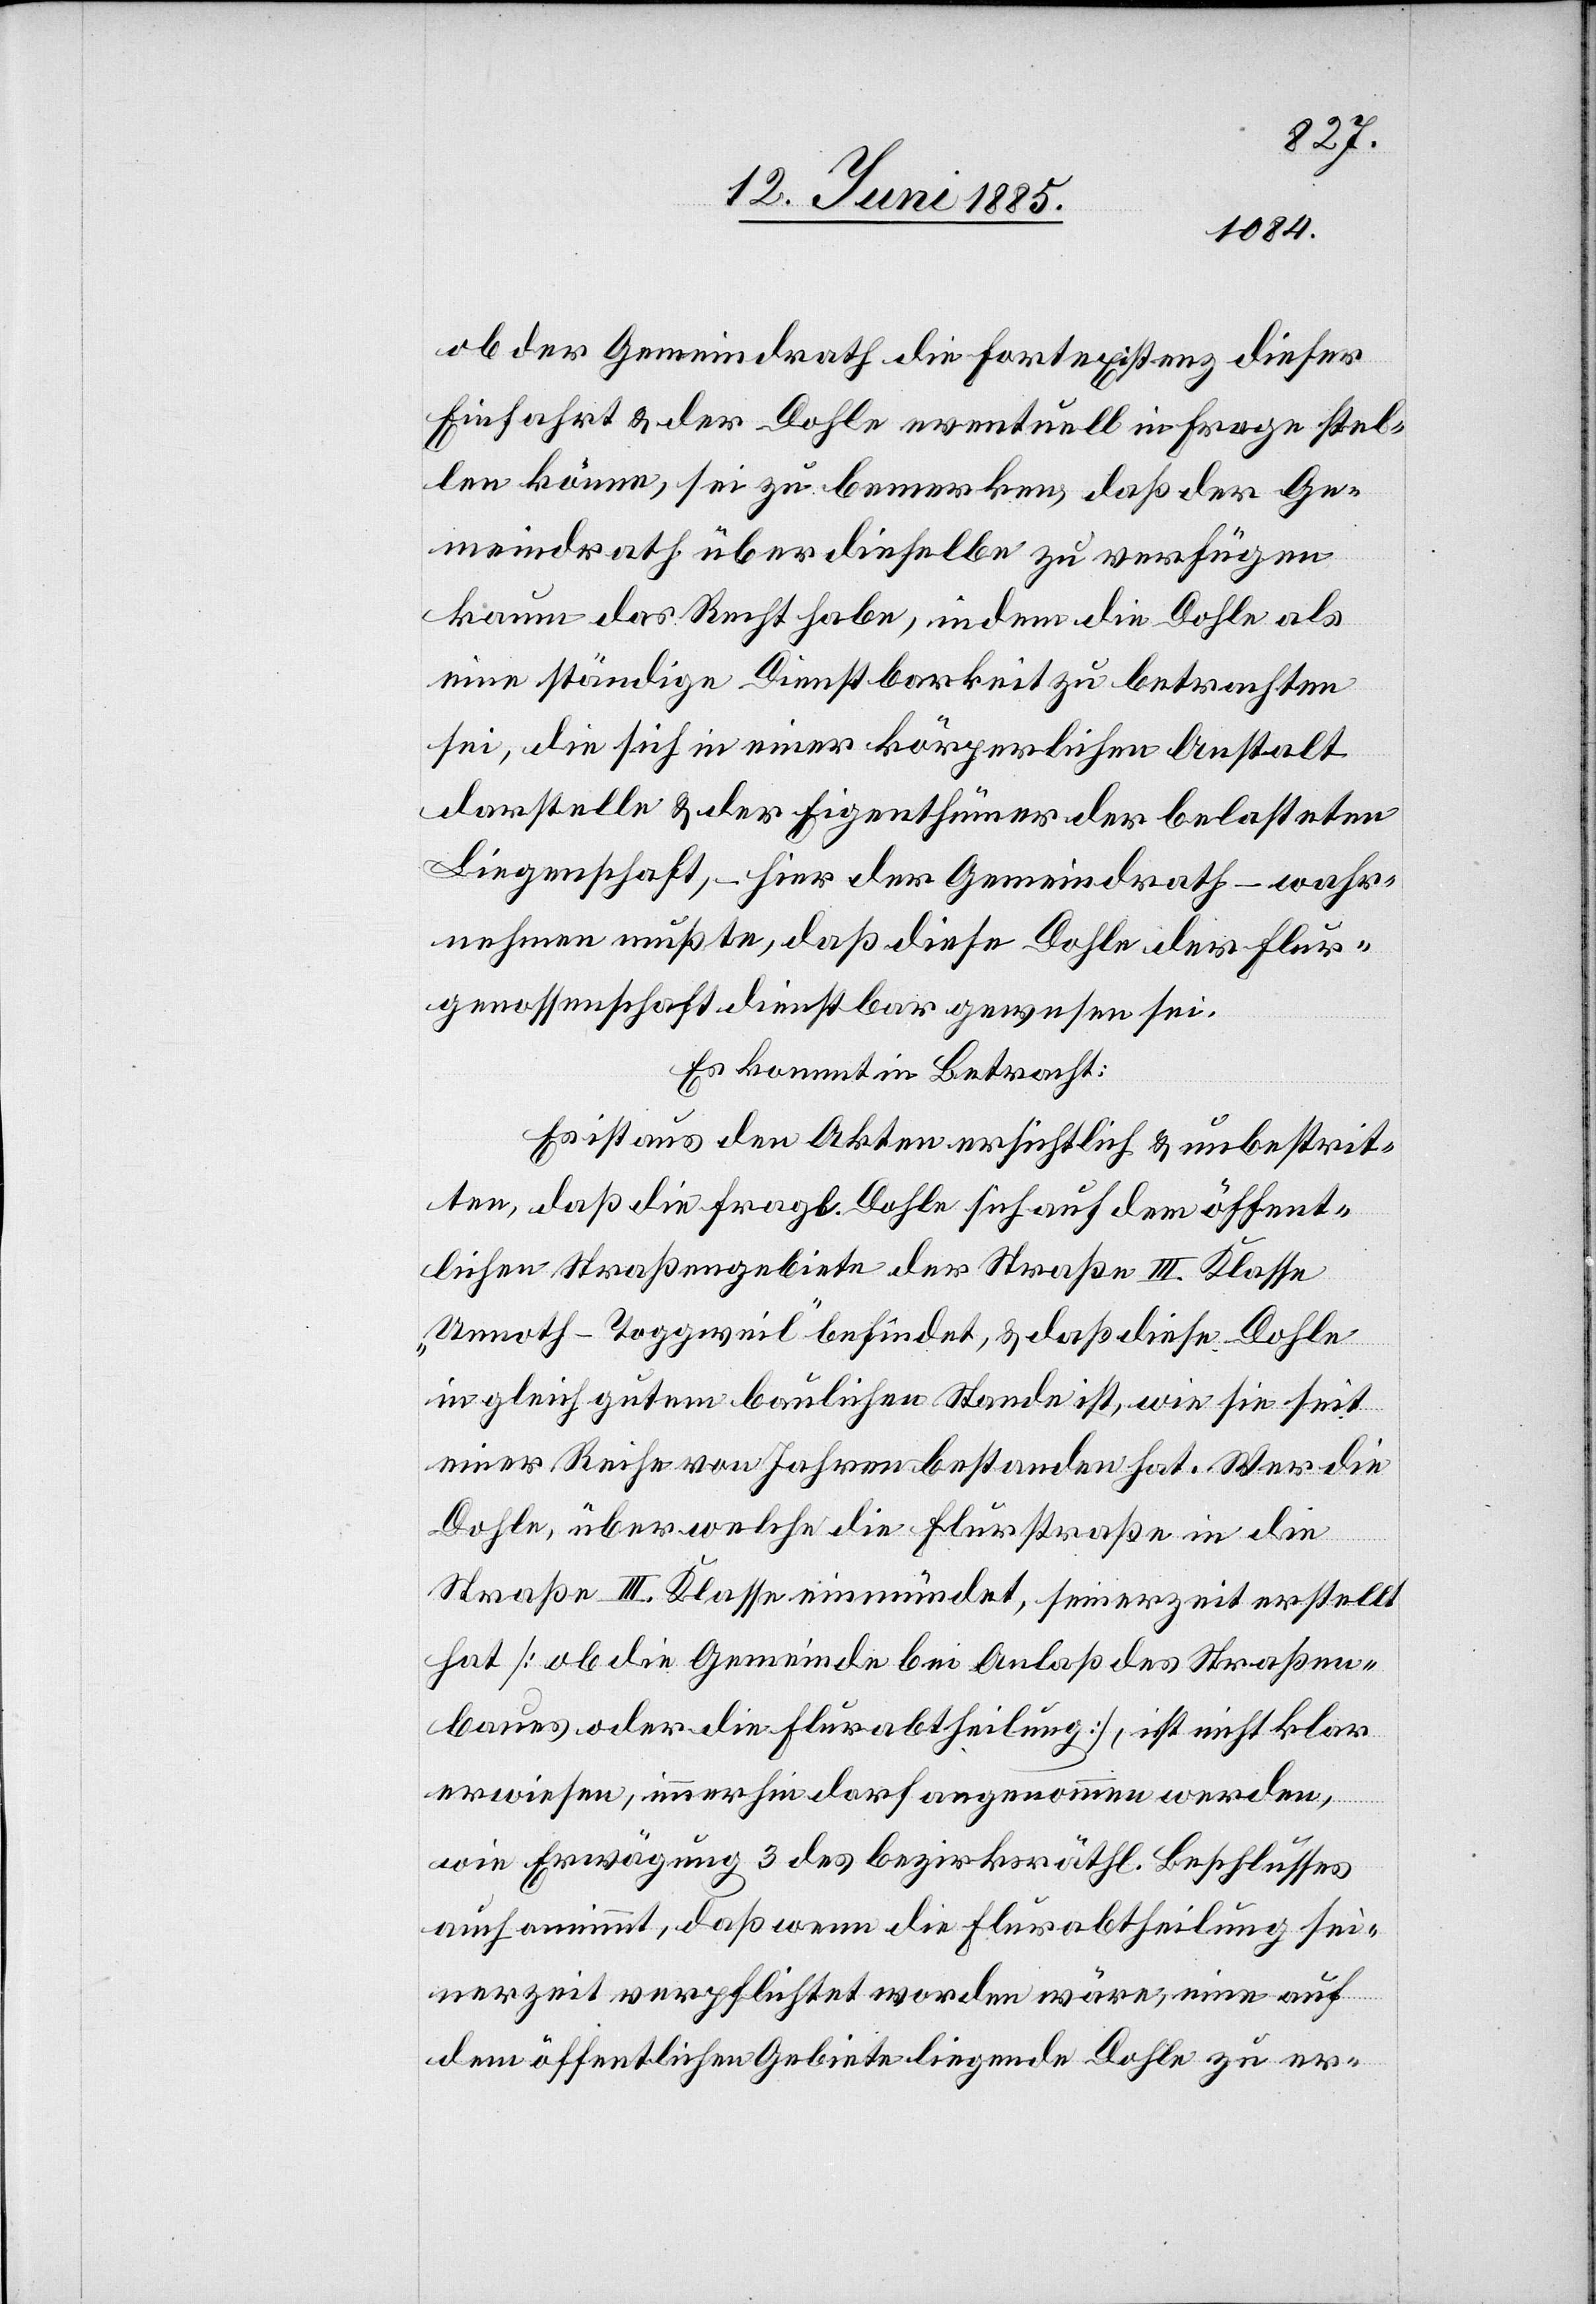
ob der Gemeindrath die Fortexistenz dieser
Einfahrt & der Dohle eventuell in Frage stel¬
len könne, sei zu bemerken, daß der Ge¬
meindrath über dieselbe zu verfügen
kaum das Recht habe, indem die Dohle als
eine ständige Dienstbarkeit zu betrachten
sei, die sich in einer körperlichen Anstalt
darstelle & der Eigenthümer der belasteten
Liegenschaft, – hier der Gemeindrath – wahr¬
nehmen müßte, daß diese Dohle der Flur¬
genossenschaft dienstbar gewesen sei.
Es kommt in Betracht:
Es ist aus den Akten ersichtlich & unbestrit¬
ten, daß die fragliche Dohle sich auf dem öffent¬
lichen Straßengebiete der Straße III. Klasse
„Unnoth–Toggweil“ befindet, & daß diese Dohle
in gleich gutem baulichen Stande ist, wie sie seit
einer Reihe von Jahren bestanden hat. Wer die
Dohle, über welche die Flurstraße in die
Straße III. Klasse einmündet seinerzeit erstellt
hat [ob die Gemeinde bei Anlaß des Straßen¬
baues oder die Flurabtheilung], ist nicht klar
erwiesen, immerhin darf angenommen werden,
wie Erwägung 3 des bezirksräthl. Beschlusses
auch annimmt, daß wenn die Flurabtheilung sei¬
nerzeit verpflichtet worden wäre, eine auf
dem öffentlichen Gebiete liegende Dohle zu er-